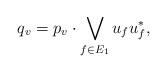
LaTeX: \begin{align*}q_v= p_{v} \cdot \bigvee_{f\in E_1} u_fu_f^*,\end{align*}